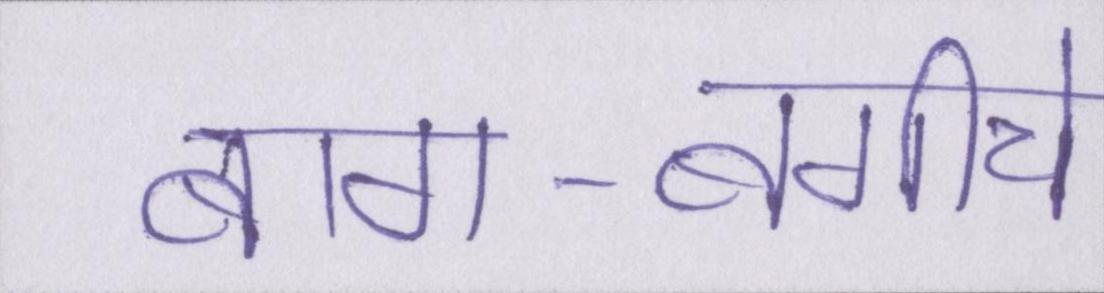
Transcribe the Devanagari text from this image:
बाग-बगीचे